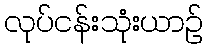
လုပ်ငန်းသုံးယာဉ်